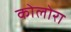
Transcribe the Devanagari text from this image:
कोलोरा